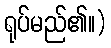
ရုပ်မည်၏။)